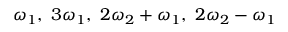
\omega _ { 1 } , ~ 3 \omega _ { 1 } , ~ 2 \omega _ { 2 } + \omega _ { 1 } , ~ 2 \omega _ { 2 } - \omega _ { 1 }